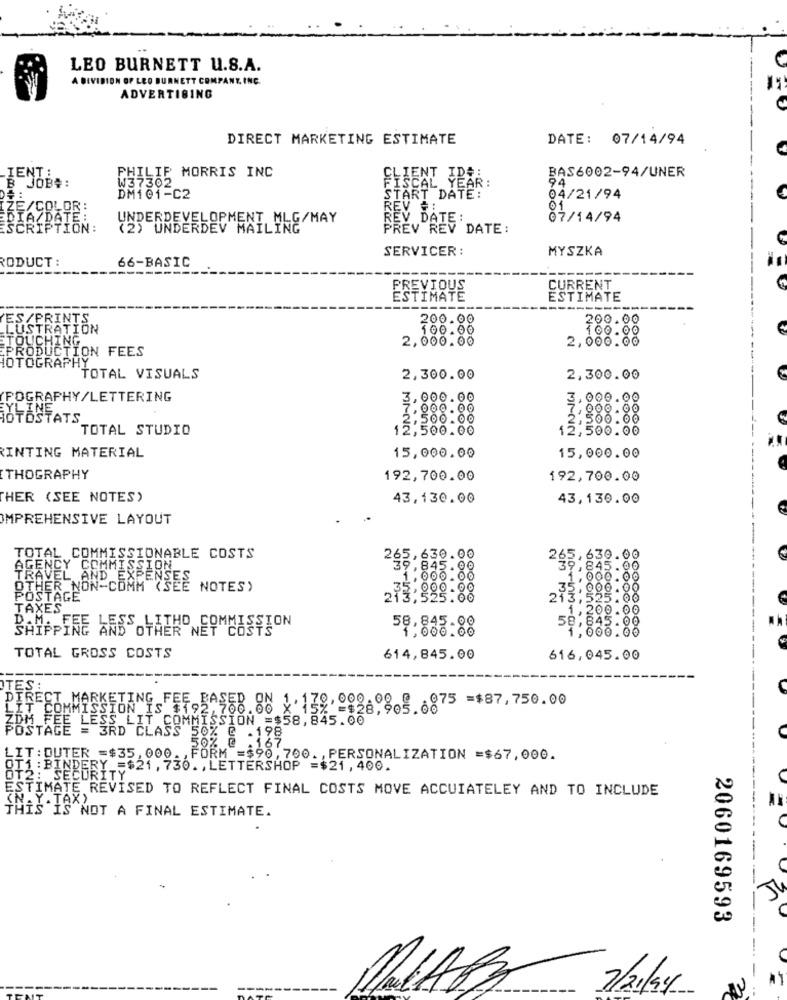
LEO BURNETT U.S.A.
A DIVISION OF LEO BURNETT COMPANY, INC.
ADVERTISING
DIRECT MARKETING ESTIMATE
DATE: 07/14/94
PHILIP MORRIS INC
BAS6002-94/UNER
IENT:
W37302
FISCAL
CLIENT ID E
8 JOB#:
YEAR :
DM101-C2
START DATE:
04/21/94
REV #:
01
AZDATE
UNDERDEVELOPMENT MLG/MAY
REV DATE:
07/14/94
SCRIPTION:
(2) UNDERDEV MAILING
PREV REV DATE:
SERVICER:
MYSZKA
RODUCT :
66-BASIC
PREVIOUS
CURRENT
ESTIMATE
ESTIMATE
-------
ES/PRINTS.
200.00
200.00
LUSTRATION
100.00
100.00
2,000.00
2,000.00
TOUCHING,
PRODUCTION FEES
HOTOGRAPHY"
TOTAL VISUALS
2,300.00
2,300.00
POGRAPHY/LETTERING
3,000.00
3,000.00
ILIN
INE
7,000.00
7,000.00
IOTOSTATS
500.00
,500.00
TOTAL STUDIO
12,500.00
12,500.00
RINTING MATERIAL
15,000.00
15,000.00
THOGRAPHY
192,700.00
192,700.00
HER (SEE NOTES)
43,130.00
43,130.00
IMPREHENSIVE LAYOUT
92.630.00
TOTAL COMMISSIONABLE COSTS
265,639.00
AGENCY COMMISSION
39,845.00
39,845.00
TRAVEL AND EXPENSES
1,000.00
_1.000.00
OTHER NON-COMM (SEE NOTES)
.35
35,000.00
POSTAGE
213,525.00
TAXES
1,200.00
SHIA FEE LESS LITHO COMMISSION
58,845.00
AND OTHER NET COSTS
1,000.00
58,845.00
1.000.00
TOTAL GROSS COSTS
614,845.00
616,045.00
TES:
-875 =$87,750.00
DIRECT MARKETING FEE BASED ON 1, 170,008-08 g
LIT COMMISSION IS ET
ZDM FEE LESS LIT COMMISSION =$58,845.00
POSTAGE = 3RD CLASS 50% @ .198
50% @ . 167_
LIT:DUTER =$35, 000 ., FORM =$90, 700. , PERSONALIZATION =$67,000.
OT1 : BINDERY =$21, 730. , LETTERSHOP =$21,400.
OT2: SECURITY
ESTIMATE REVISED TO REFLECT FINAL COSTS MOVE ACCUIATELEY AND TO INCLUDE
(NAY-TAX)
THIS IS NOT A FINAL ESTIMATE.
2060169593
7/21/94